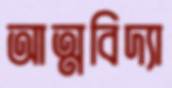
আত্মবিদ্যা